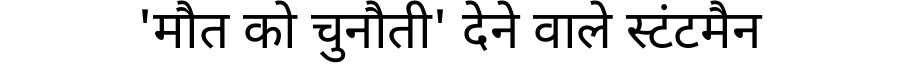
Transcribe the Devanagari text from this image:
'मौत को चुनौती' देने वाले स्टंटमैन